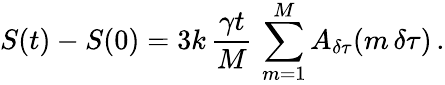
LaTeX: S(t)-S(0)=3k\, \frac{\gamma t}{M}\, \sum_{m=1}^{M}A_{\delta\tau}(m\, \delta\tau)\, .